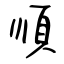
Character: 順